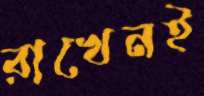
রাখেনই